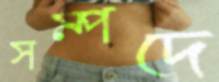
সম্পদে